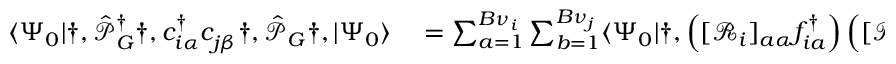
\begin{array} { r l r } { \langle \Psi _ { 0 } | \dag , \hat { \mathcal { P } } _ { G } ^ { \dagger } \dag , c _ { i \alpha } ^ { \dagger } c _ { j \beta } ^ { \phantom { \dagger } } \dag , \hat { \mathcal { P } } _ { G } \dag , | \Psi _ { 0 } \rangle } & { { } = \sum _ { a = 1 } ^ { B { \nu } _ { i } } \sum _ { b = 1 } ^ { B { \nu } _ { j } } \langle \Psi _ { 0 } | \dag , \left( [ \mathcal { R } _ { i } ] _ { a \alpha } f _ { i a } ^ { \dagger } \right) \left( [ \mathcal { R } _ { j } ] _ { \beta b } ^ { \dagger } f _ { j b } ^ { \phantom { \dagger } } \right) \dag , | \Psi _ { 0 } \rangle \qquad \forall \dag , i \neq j \dag , , \dag \langle \Psi _ { 0 } | \dag , \hat { \mathcal { P } } _ { G } ^ { \dagger } \dag , \hat { H } _ { l o c } ^ { i } [ c _ { i \alpha } ^ { \dagger } , c _ { i \alpha } ^ { \phantom { \dagger } } ] \dag , \hat { \mathcal { P } } _ { G } \dag , | \Psi _ { 0 } \rangle } & { = \langle \Psi _ { 0 } | \dag , \hat { \mathcal { P } } _ { i } ^ { { \dagger } } \dag , \hat { H } _ { l o c } ^ { i } [ c _ { i \alpha } ^ { \dagger } , c _ { i \alpha } ^ { \phantom { \dagger } } ] \dag , \hat { \mathcal { P } } _ { i } ^ { \phantom { \dagger } } \dag , | \Psi _ { 0 } \rangle \dag , , } \end{array}